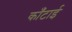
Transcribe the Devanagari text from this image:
काँटाई